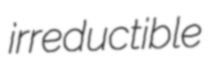
irreductible